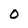
Character: 0